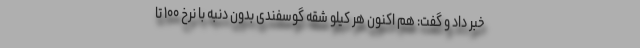
خبر داد و گفت: هم اکنون هر کیلو شقه گوسفندی بدون دنبه با نرخ ۱۰۰ تا